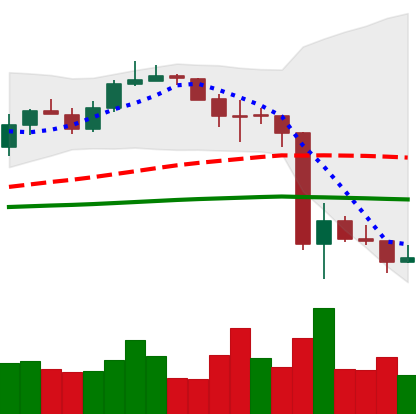
Ticker: LINK-USD
Chart end date: 2020-03-17
Forward return: 7.926%
Label: up_7plus